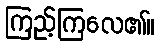
ကြည့်ကြလေ၏။